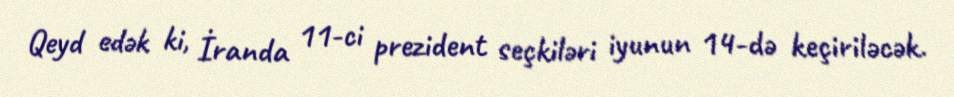
Qeyd edək ki, İranda 11-ci prezident seçkiləri iyunun 14-də keçiriləcək.